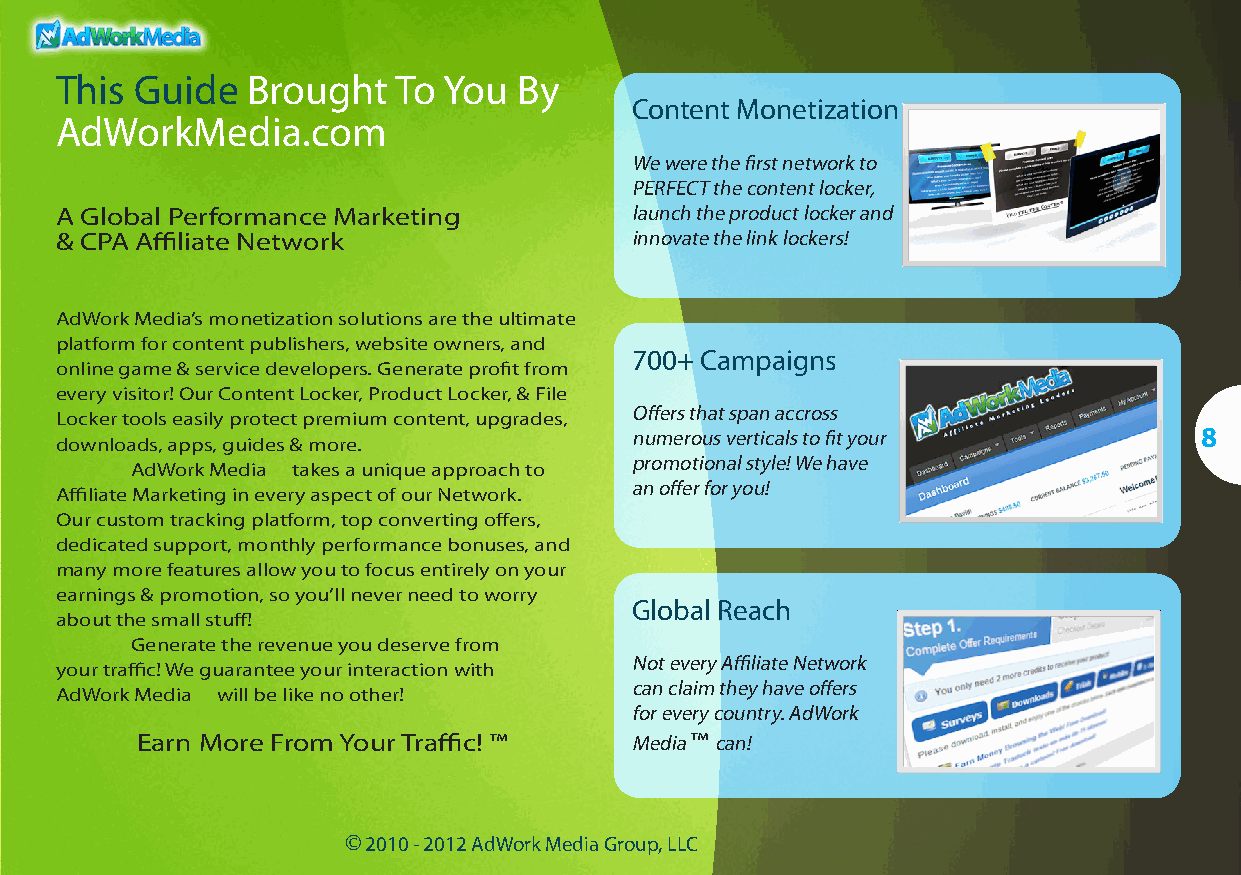
This Guide  Brought   To You  By
 Content Monetization
 AdWorkMedia.com
 We were the first network to
 PERFECT the content locker,
 A Global Performance Marketing        launch the product locker and
 & CPA Affiliate Network               innovate the link lockers!
 AdWork Media’s monetization solutions are the ultimate
 platform for content publishers, website owners, and
 700+ Campaigns
 online game & service developers. Generate profit from
 every visitor! Our Content Locker, Product Locker, & File
 Offers that span accross
 Locker tools easily protect premium content, upgrades,
 numerous verticals to fit your       8
 downloads, apps, guides & more.
 promotional style! We have
 AdWork Media takes a unique approach to
 an offer for you!
 Affiliate Marketing in every aspect of our Network.
 Our custom tracking platform, top converting offers,
 dedicated support, monthly performance bonuses, and
 many more features allow you to focus entirely on your
 earnings & promotion, so you’ll never need to worry
 Global Reach
 about the small stuff!
 Generate the revenue you deserve from
 Not every Affiliate Network
 your traffic! We guarantee your interaction with
 can claim they have offers
 AdWork Media will be like no other!
 for every country. AdWork
 Earn More From Your Traffic! ™   Media ™ can!
 © 2010 - 2012 AdWork Media Group, LLC